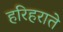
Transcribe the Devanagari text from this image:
हरिहराते